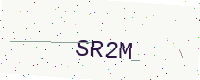
Text: SR2M